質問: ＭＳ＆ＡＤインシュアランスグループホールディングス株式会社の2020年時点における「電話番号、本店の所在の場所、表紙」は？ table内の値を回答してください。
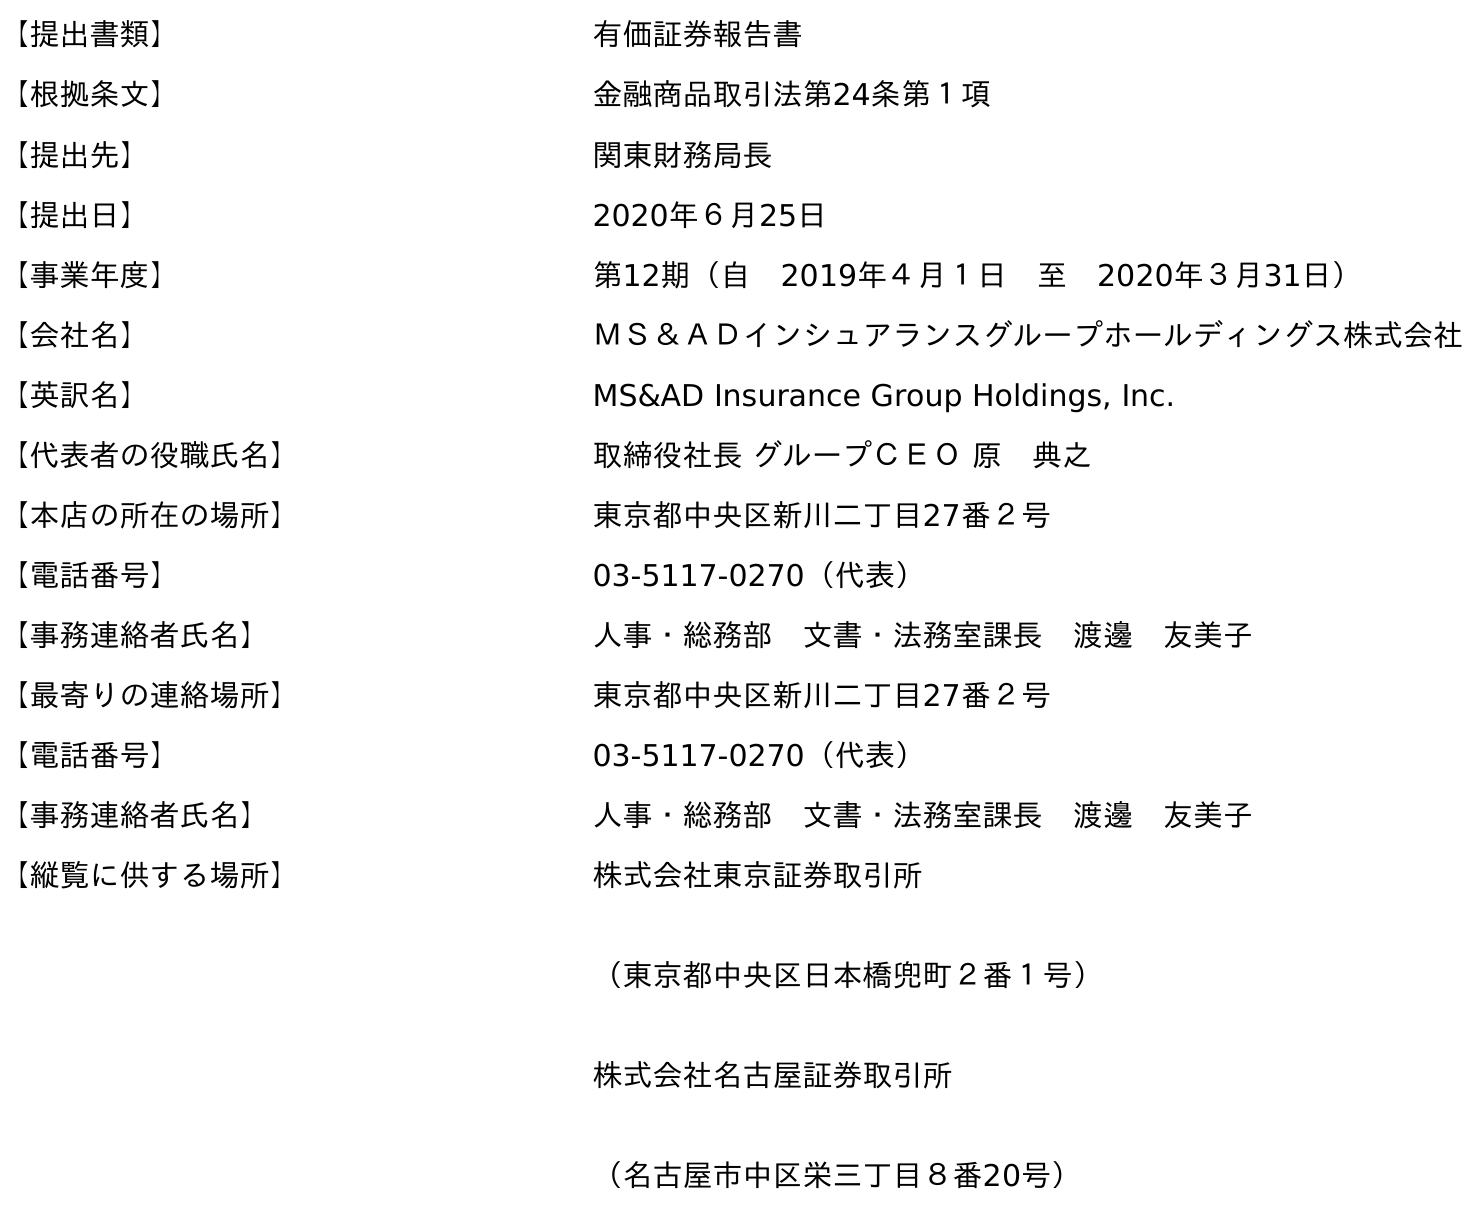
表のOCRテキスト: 【提出書類】 有価証券報告書 【根拠条文】 金融商品取引法第24条第１項 【提出先】 関東財務局長 【提出日】 2020年６月25日 【事業年度】 第12期（自 2019年４月１日 至 2020年３月31日） 【会社名】 ＭＳ＆ＡＤインシュアランスグループホールディングス株式会社 【英訳名】 MS&AD Insurance Group Holdings, Inc. 【代表者の役職氏名】 取締役社長 グループＣＥＯ 原 典之 【本店の所在の場所】 東京都中央区新川二丁目27番２号 【電話番号】 03-5117-0270（代表） 【事務連絡者氏名】 人事・総務部 文書・法務室課長 渡邊 友美子 【最寄りの連絡場所】 東京都中央区新川二丁目27番２号 【電話番号】 03-5117-0270（代表） 【事務連絡者氏名】 人事・総務部 文書・法務室課長 渡邊 友美子 【縦覧に供する場所】 株式会社東京証券取引所 （東京都中央区日本橋兜町２番１号） 株式会社名古屋証券取引所 （名古屋市中区栄三丁目８番20号）
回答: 03-5117-0270（代表）